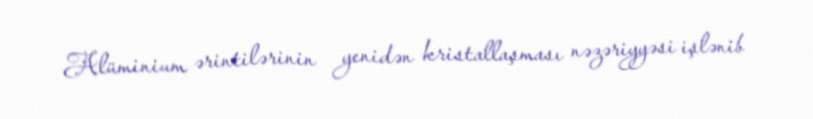
Alüminium ərintilərinin yenidən kristallaşması nəzəriyyəsi işlənib